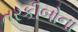
તરકીબોના